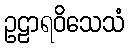
ဥဠာရဝိသေသံ